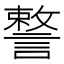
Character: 𧫣